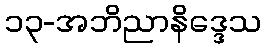
၁၃-အဘိညာနိဒ္ဒေသ